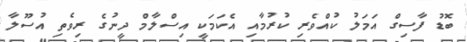
ބޮޑު ފާސިގް އަމަލު ކުއްވެރި ކުރުމާއި އެކަމަކީ އިސްލާމް ދީނުގެ ރިވެތި އުސޫލާ